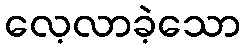
လေ့လာခဲ့သော